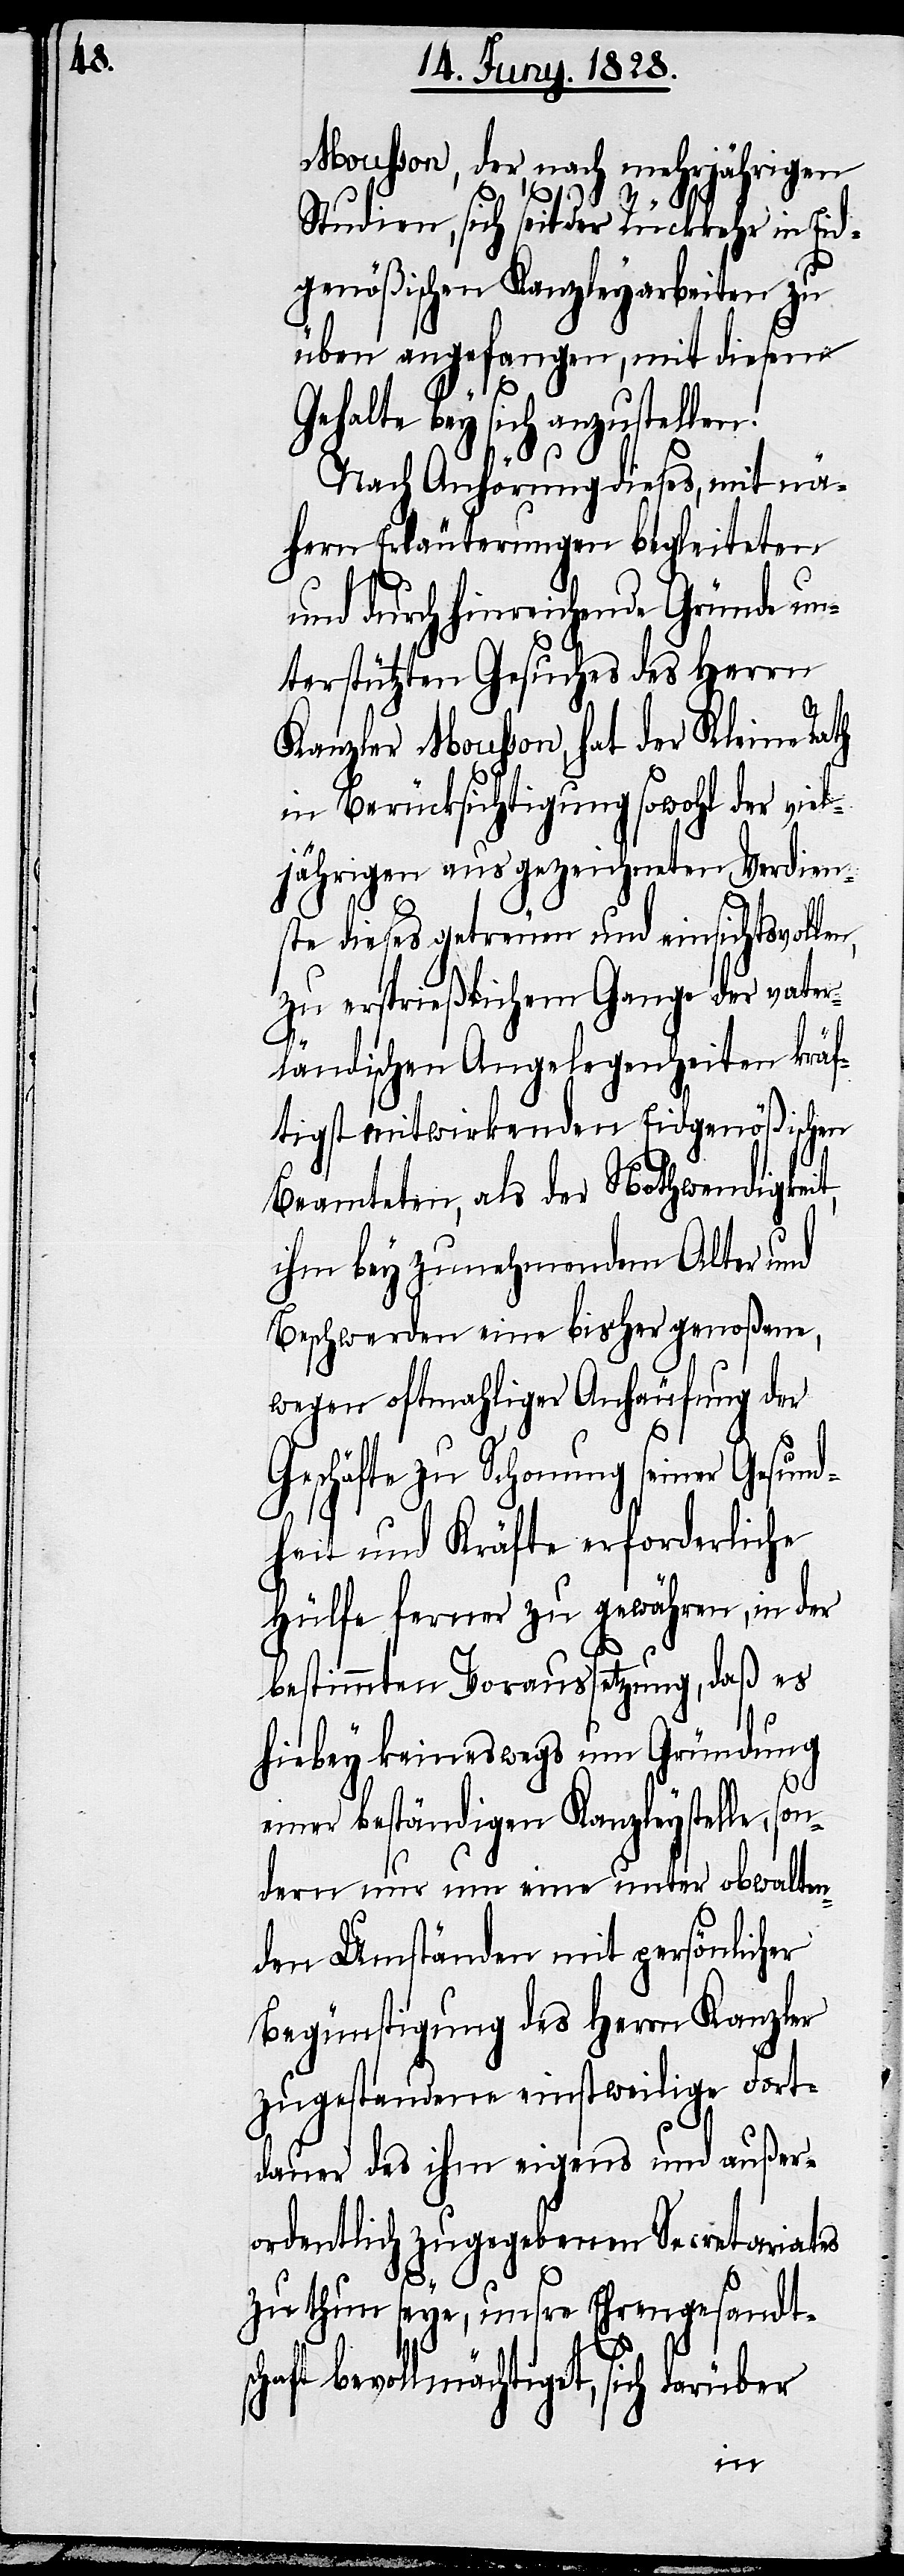
Mousson, der, nach mehrjährigern
Studien, sich seit der Rückkehr in Eid¬
genößischen Kanzleyarbeiten zu
üben angefangen, mit diesem
Gehalte bey sich anzustellen.
Nach Anhörung dieses, mit nä¬
hern Erläuterungen begleiteten
und durch hinreichende Gründe un¬
terstützten Gesuches des Herrn
Kanzler Mousson, hat der Kleine Rath
in Berücksichtigung sowohl der viel¬
jährigen ausgezeichneten Verdien¬
ste dieses getreuen und einsichtsvollen,
zu ersprießlichem Gange der vater¬
ländischen Angelegenheiten kräf¬
tigst mitwirkenden Eidgenößischen
Beamteten, als der Nothwendigkeit,
ihm bey zunehmendem Alter und
Beschwerden eine bisher genoßene,
wegen oftmahliger Anhäufung der
Geschäfte zu Schonung seiner Gesund¬
heit und Kräfte erforderliche
Hülfe ferner zu gewähren, in der
bestimmten Voraussetzung, daß es
hiebey keineswegs um Gründung
einer beständigen Kanzleystelle, son¬
dern nur um eine unter obwalten¬
den Umständen mit persönlicher
Begünstigung des Herrn Kanzler
zugestandene einstweilige Fort¬
dauer des ihm eigens und außer¬
ordentlich zugegebenen Secretariates
zu thun seye, unsre Ehrengesandt¬
schaft bevollmächtiget, sich darüber